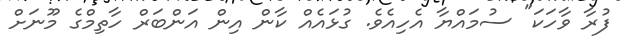
ފުރާ ވާހަކަ" ސުމައްޔާ އެހިއެވެ. ގުޅައެއް ކާން އިން އަންބަރް ހާތިމްގެ މޫނަށް